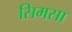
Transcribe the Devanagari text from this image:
सिमसा